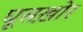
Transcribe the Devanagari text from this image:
घूसख़ोर